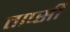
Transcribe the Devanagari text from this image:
ताप्सी